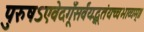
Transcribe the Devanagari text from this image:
पुरुषऽएवेदगूँसर्वंयद्भूतंयच्चभाव्यम्॥